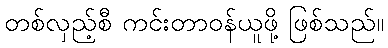
တစ်လှည့်စီ ကင်းတာဝန်ယူဖို့ ဖြစ်သည်။